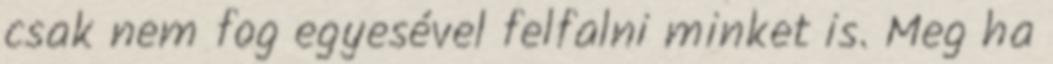
csak nem fog egyesével felfalni minket is. Meg ha